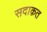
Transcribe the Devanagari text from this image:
सदाक़त